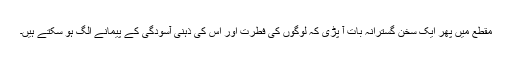
مقطع میں پھر ایک سخن گسترانہ بات آ پڑی کہ لوگوں کی فطرت اور اس کی ذہنی آسودگی کے پیمانے الگ ہو سکتے ہیں۔